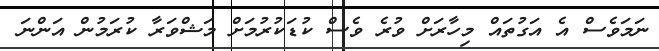
ނަމަވެސް އެ އަގުތައް މިހާރަށް ވުރެ ވެސް ކުޑަކުރުމަށް މަޝްވަރާ ކުރަމުން އަންނަ